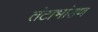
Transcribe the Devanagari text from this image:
तंटाभांडण